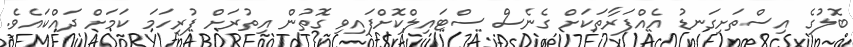
ބޮލުގެ އިސްތަށިގަނޑު އެއްފަރާތަކަށް ގެނެސް ސްޓައިލްކޮށްފައިވި ގޮތުން އިތުރަށް ފުރިހަމަ ކަމަށް ދައްކައެވެ.